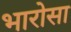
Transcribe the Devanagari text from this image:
भारोसा